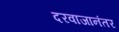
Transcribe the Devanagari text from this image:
दरवाजानंतर